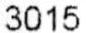
3015